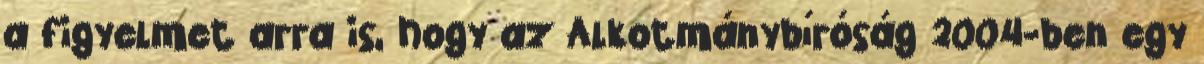
a figyelmet arra is, hogy az Alkotmánybíróság 2004-ben egy